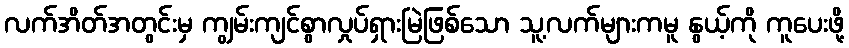
လက်အိတ်အတွင်းမှ ကျွမ်းကျင်စွာလှုပ်ရှားမြဲဖြစ်သော သူ့လက်များကမူ နွယ့်ကို ကူပေးဖို့